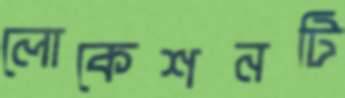
লোকেশনটি